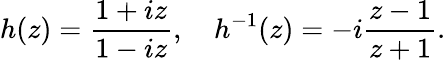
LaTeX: h(z)=\frac{1+iz}{1-iz},\quad h^{-1}(z)=-i\frac{z-1}{z+1}.